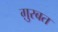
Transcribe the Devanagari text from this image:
ग़ुरबत